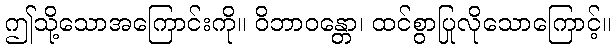
ဤသို့သောအကြောင်းကို။ ဝိဘာဝန္တော၊ ထင်စွာပြုလိုသောကြောင့်။